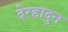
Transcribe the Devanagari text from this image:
देरहादुन